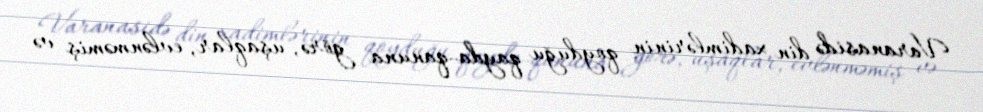
Varanasidə din xadimlərinin qoyduğu qayda-qanuna görə, uşaqlar, evlənməmiş və